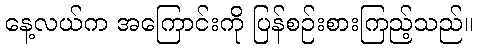
နေ့လယ်က အကြောင်းကို ပြန်စဉ်းစားကြည့်သည်။